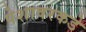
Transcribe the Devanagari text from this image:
पेशावरकडे